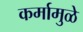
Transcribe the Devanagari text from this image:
कर्मामुळे